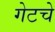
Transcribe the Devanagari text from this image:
गेटचे